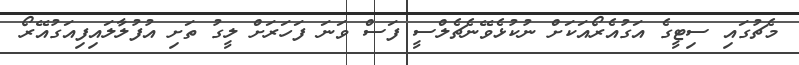
މެޗުގައި ސިޓީގެ އަގުއެރޯއަކަށް ނުކުޅެވޭނެޗެލްސީ ފަސް ވަނަ ފަހަރަށް ލީގު ތަށި އުފުލާލައިފިއަގުއޭރޯ